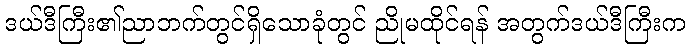
ဒယ်ဒီကြီး၏ညာဘက်တွင်ရှိသောခုံတွင် ညိုမထိုင်ရန် အတွက်ဒယ်ဒီကြီးက